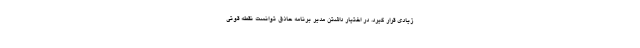
زیادی قرار گیرد. در اختیار داشتن مدیر برنامه حاذق توانست نقطه قوتی